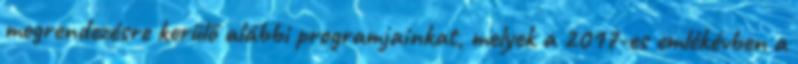
megrendezésre kerülő alábbi programjainkat, melyek a 2017-es emlékévben a